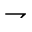
\rightharpoondown